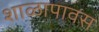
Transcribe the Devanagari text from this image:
शाळापावस